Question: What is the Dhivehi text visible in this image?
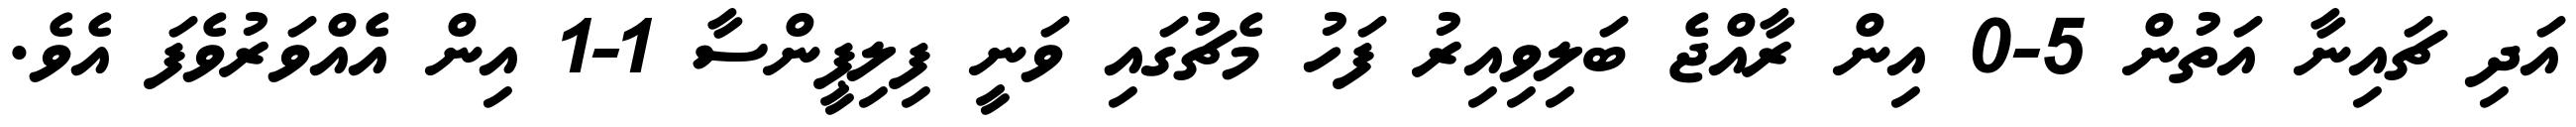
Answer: އަދި ޗައިނާ އަތުން 5-0 އިން ރާއްޖެ ބަލިވިއިރު ފަހު މެޗުގައި ވަނީ ފިލިޕީންސާ 1-1 އިން އެއްވަރުވެފަ އެވެ.